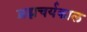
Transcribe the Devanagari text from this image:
ब्रह्मचर्यकाल